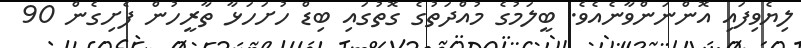
ލިޔެވިފައި އޮންނަންވާނެއެވެ. ބީލަމުގެ މުއްދަތުގެ ގޮތުގައި ބިޑް ހުށަހަޅާ ތާރީހުން ފެށިގެން 90